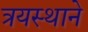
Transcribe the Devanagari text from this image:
त्रयस्थाने